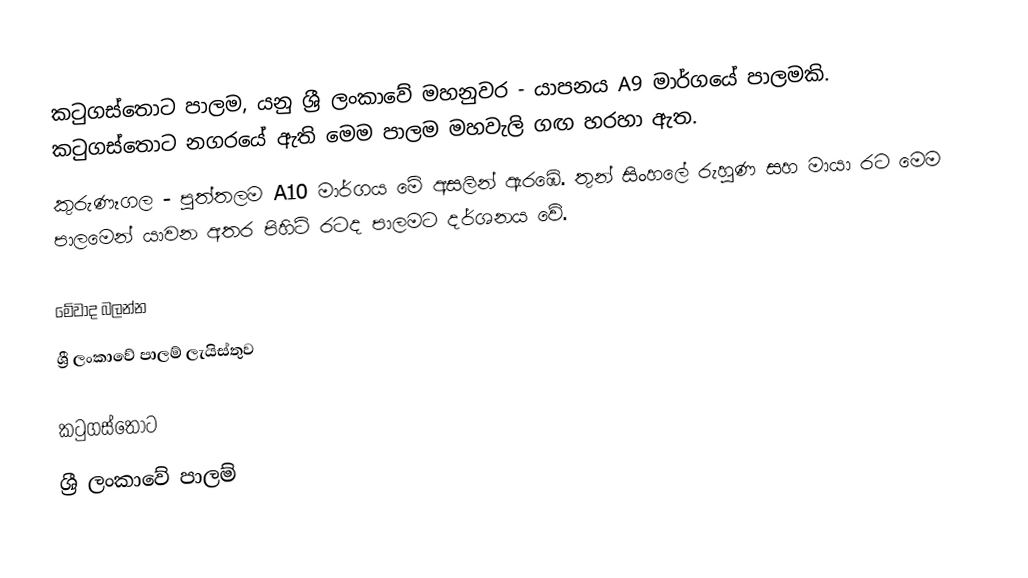
කටුගස්තොට පාලම, යනු ශ්‍රී ලංකාවේ මහනුවර  - යාපනය A9 මාර්ගයේ පාලමකි. කටුගස්තොට නගරයේ ඇති මෙම පාලම මහවැලි ගඟ හරහා ඇත.
කුරුණෑගල - පුත්තලම A10 මාර්ගය මේ අසලින් ඇරඹේ. තුන් සිංහලේ රුහුණ සහ මායා රට මෙම පාලමෙන් යාවන අතර පිහිටි රටද පාලමට දර්ශනය වේ.

මේවාද බලන්න
ශ්‍රී ලංකාවේ පාලම් ලැයිස්තුව

කටුගස්තොට
ශ්‍රී ලංකාවේ පාලම්